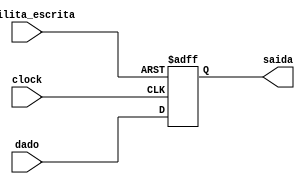
module registrador (input [15:0] dado, 
                    input clock, habilita_escrita, 
                    output reg [15:0] saida);
                    
  always @(posedge clock, posedge habilita_escrita)
    begin
      if(habilita_escrita == 1) begin
          saida = 0;
      end
        else begin
          saida = dado;
        end
      end
      
    endmodule